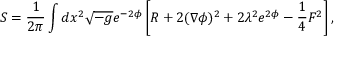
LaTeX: S = \frac { 1 } { 2 \pi } \int d x ^ { 2 } \sqrt { - g } e ^ { - 2 \phi } \left[ R + 2 ( \nabla \phi ) ^ { 2 } + 2 \lambda ^ { 2 } e ^ { 2 \phi } - \frac { 1 } { 4 } F ^ { 2 } \right] ,